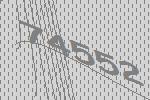
74552